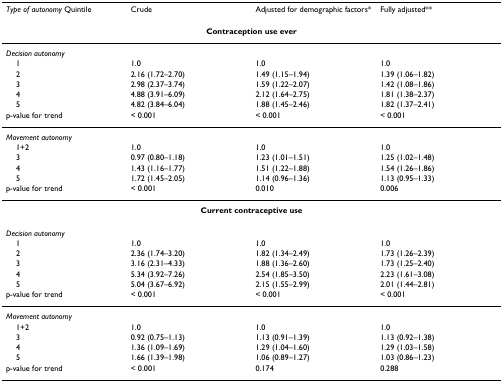
<table><thead><tr><td><b><i>Type of autonomy </i>Quintile</b></td><td><b>Crude</b></td><td><b>Adjusted for demographic factors*</b></td><td><b>Fully adjusted**</b></td></tr></thead><tbody><tr><td colspan="4"><b>Contraception use ever</b></td></tr><tr><td><i>Decision autonomy</i></td><td></td><td></td><td></td></tr><tr><td> 1</td><td>1.0</td><td>1.0</td><td>1.0</td></tr><tr><td> 2</td><td>2.16 (1.72–2.70)</td><td>1.49 (1.15–1.94)</td><td>1.39 (1.06–1.82)</td></tr><tr><td> 3</td><td>2.98 (2.37–3.74)</td><td>1.59 (1.22–2.07)</td><td>1.42 (1.08–1.86)</td></tr><tr><td> 4</td><td>4.88 (3.91–6.09)</td><td>2.12 (1.64–2.75)</td><td>1.81 (1.38–2.37)</td></tr><tr><td> 5</td><td>4.82 (3.84–6.04)</td><td>1.88 (1.45–2.46)</td><td>1.82 (1.37–2.41)</td></tr><tr><td>p-value for trend</td><td>&lt; 0.001</td><td>&lt; 0.001</td><td>&lt; 0.001</td></tr><tr><td><i>Movement autonomy</i></td><td></td><td></td><td></td></tr><tr><td> 1+2</td><td>1.0</td><td>1.0</td><td>1.0</td></tr><tr><td> 3</td><td>0.97 (0.80–1.18)</td><td>1.23 (1.01–1.51)</td><td>1.25 (1.02–1.48)</td></tr><tr><td> 4</td><td>1.43 (1.16–1.77)</td><td>1.51 (1.22–1.88)</td><td>1.54 (1.26–1.86)</td></tr><tr><td> 5</td><td>1.72 (1.45–2.05)</td><td>1.14 (0.96–1.36)</td><td>1.13 (0.95–1.33)</td></tr><tr><td>p-value for trend</td><td>&lt; 0.001</td><td>0.010</td><td>0.006</td></tr><tr><td colspan="4"><b>Current contraceptive use</b></td></tr><tr><td><i>Decision autonomy</i></td><td></td><td></td><td></td></tr><tr><td> 1</td><td>1.0</td><td>1.0</td><td>1.0</td></tr><tr><td> 2</td><td>2.36 (1.74–3.20)</td><td>1.82 (1.34–2.49)</td><td>1.73 (1.26–2.39)</td></tr><tr><td> 3</td><td>3.16 (2.31–4.33)</td><td>1.88 (1.36–2.60)</td><td>1.73 (1.25–2.40)</td></tr><tr><td> 4</td><td>5.34 (3.92–7.26)</td><td>2.54 (1.85–3.50)</td><td>2.23 (1.61–3.08)</td></tr><tr><td> 5</td><td>5.04 (3.67–6.92)</td><td>2.15 (1.55–2.99)</td><td>2.01 (1.44–2.81)</td></tr><tr><td>p-value for trend</td><td>&lt; 0.001</td><td>&lt; 0.001</td><td>&lt; 0.001</td></tr><tr><td><i>Movement autonomy</i></td><td></td><td></td><td></td></tr><tr><td> 1+2</td><td>1.0</td><td>1.0</td><td>1.0</td></tr><tr><td> 3</td><td>0.92 (0.75–1.13)</td><td>1.13 (0.91–1.39)</td><td>1.13 (0.92–1.38)</td></tr><tr><td> 4</td><td>1.36 (1.09–1.69)</td><td>1.29 (1.04–1.60)</td><td>1.29 (1.03–1.58)</td></tr><tr><td> 5</td><td>1.66 (1.39–1.98)</td><td>1.06 (0.89–1.27)</td><td>1.03 (0.86–1.23)</td></tr><tr><td>p-value for trend</td><td>&lt; 0.001</td><td>0.174</td><td>0.288</td></tr></tbody></table>